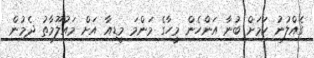
ގެއްލުނު ކަމަށް ބުނާ އަންހެން މީހާގެ މަންމަ މީޑިއާ އަށް މައުލޫމާތު ދެމުން